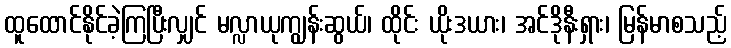
ထူထောင်နိုင်ခဲ့ကြပြီးလျှင် မလ္လာယုကျွန်းဆွယ်၊ ထိုင်း ယိုးဒယား၊ အင်ဒိုနီးရှား၊ မြန်မာစသည့်